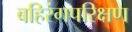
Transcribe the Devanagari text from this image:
बहिरंगपरिक्षण